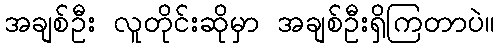
အချစ်ဦး လူတိုင်းဆိုမှာ အချစ်ဦးရှိကြတာပဲ။